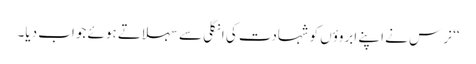
‘‘ نرس نے اپنے ابروؤں کو شہادت کی انگلی سے سہلاتے ہوئے جواب دیا۔